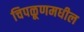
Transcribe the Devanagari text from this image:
चिपळूणमधील